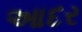
આદર